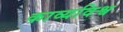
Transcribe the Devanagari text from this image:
काव्यविश्व